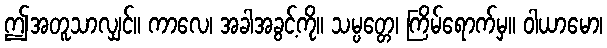
ဤအတူသာလျှင်။ ကာလေ၊ အခါအခွင့်ကို။ သမ္ပတ္တေ၊ ကြိမ်ရောက်မှ။ ဝါယာမော၊